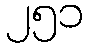
၂၅၁